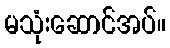
မသုံးဆောင်အပ်။